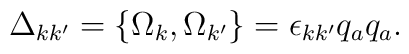
\Delta_{kk^{\prime}}=\{\Omega_{k},\Omega_{k^{\prime}}\}=\epsilon_{kk^{\prime}}q_{a}q_{a}.